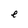
Character: e